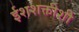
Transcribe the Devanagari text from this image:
ईशशक्तीशी